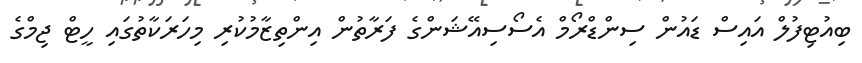
ބިއުޓިފުލް އައިސް ޑައުން ސިންޑްރޯމް އެސޯސިއޭޝަންގެ ފަރާތުން އިންތިޒާމުކުރި މިހަރަކާތުގައި ހީޓް ޖިމްގެ